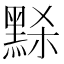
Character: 𪑂